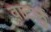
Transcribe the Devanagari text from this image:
वाटर्लु